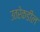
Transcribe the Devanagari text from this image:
उतरेकडील